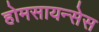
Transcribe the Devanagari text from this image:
होमसायन्सेस